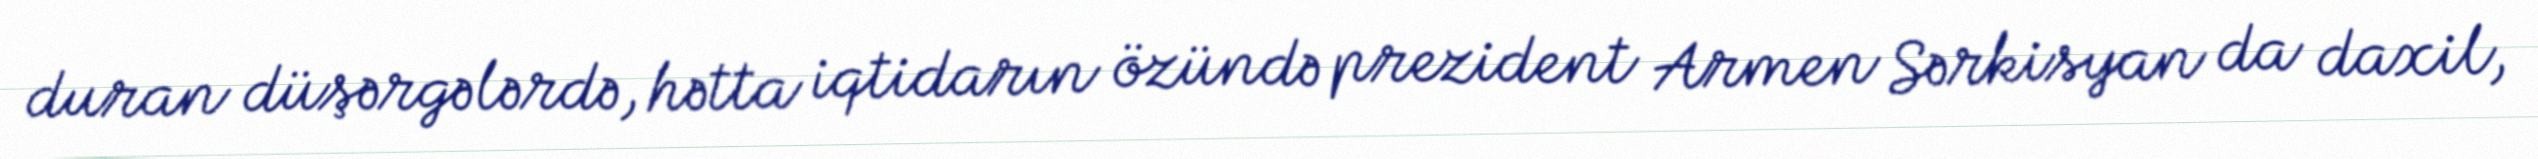
duran düşərgələrdə, hətta iqtidarın özündə prezident Armen Sərkisyan da daxil,